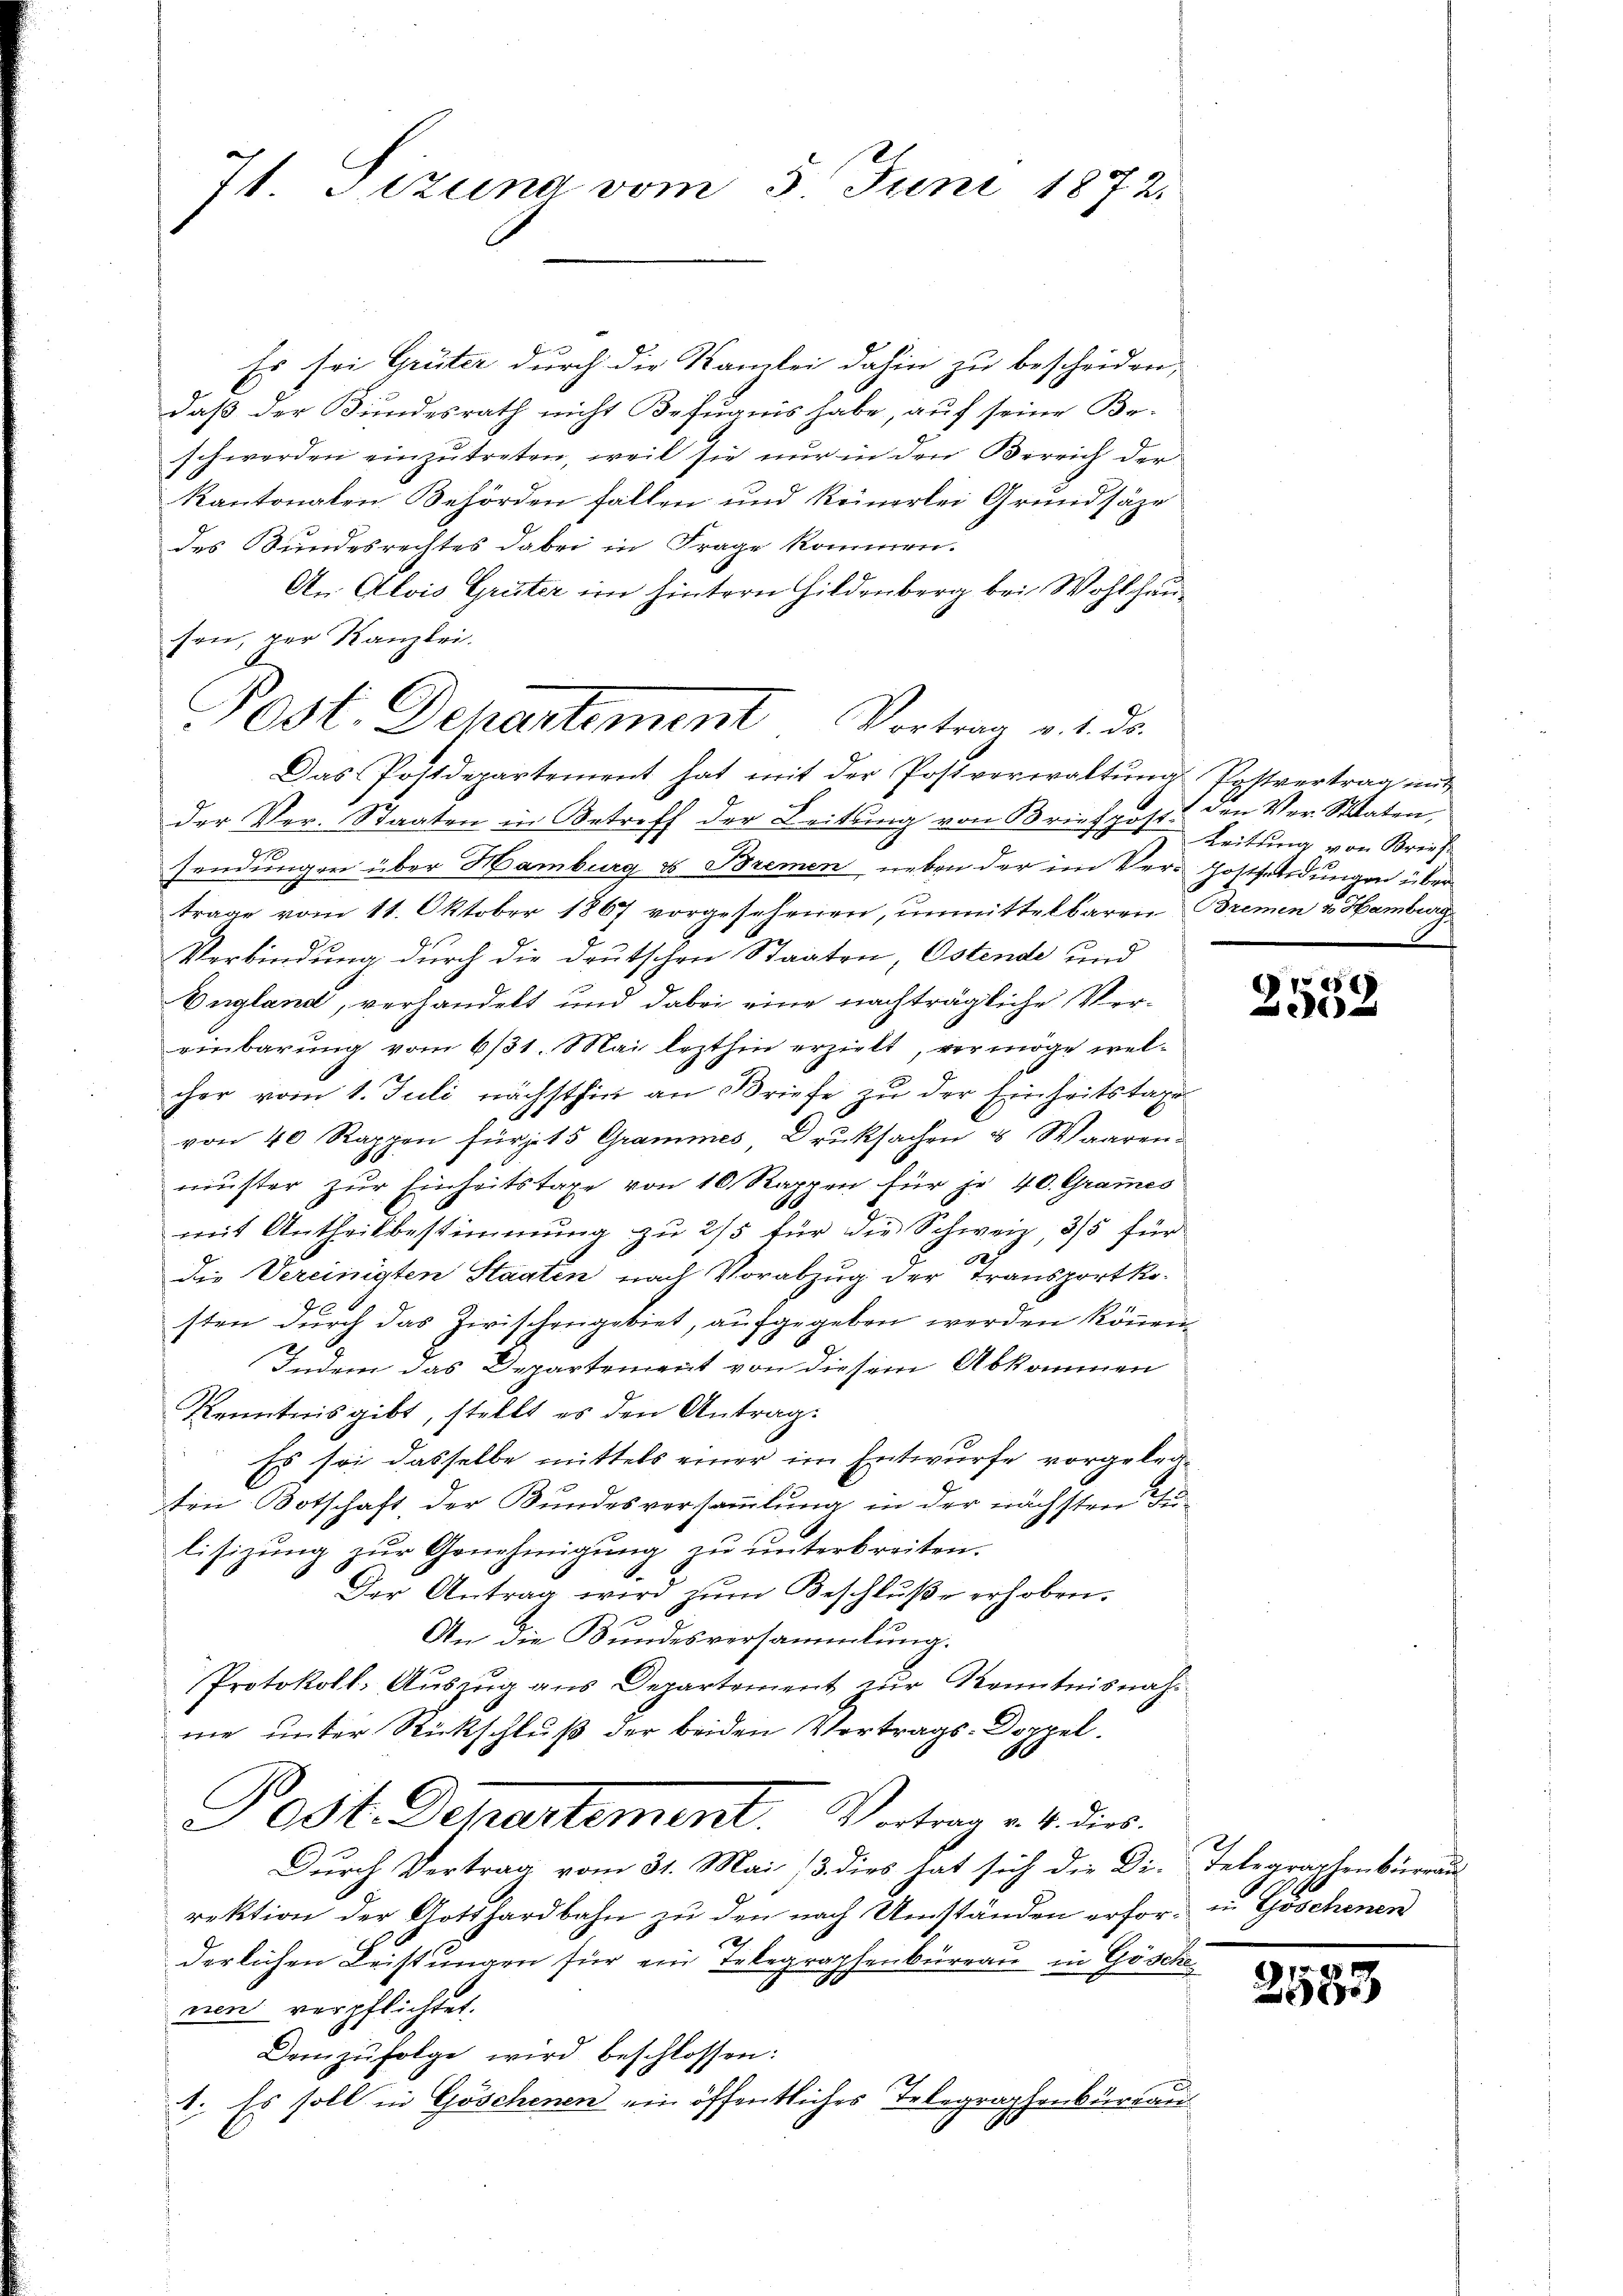
7t. Jezung vom 5. Juni 1872.

Es sei Grüter durch die Namlei dahin zu bescheiden,
daß der Bundesrath nicht Befugnis habe, auf seine Be-
schwerden einzŭtreten, weil sie nur in den Bereich der
kantonalen Behörden fallen und keinerlei Grundsäze
des Bundesrechtes dabei in Frage kommen.
An Alois Grüter im hintern Gildenberg bei Wohlhausen, per Kanzlei.
Das Postdepartement hat mit der Postverwaltŭng Postvertrag mit
der Ver- Staaten in Betreff der Leitung von Briefpost. den Ver- Staaten,
sendungen über Hamburg & Bremen neben der im Ver- Jostsendungen über
trage vom 11. Oktober 1867 vorgesehenen, unmittelbaren Bremen & Hamburg
2
Verbindung durch die deutschen Staaten, Ostende und
England, verhandelt und dabei eine nachträgliche Vereinbarung vom 6/31. Mai lezthin erzielt, vermöge welcher vom 1. Juli nächsthin an Briefe zu der Einheitstage
von 40 Rappen für je 15 Grammes, Druksachen & Waaren-
müster zur Einheitstage von 10 Rappen für je 40. Grames
mit Antheilbestimmung zu 2/5 für die Schweiz, 3/5 für
Die Vereinigten Staaten nach Vorabzug der Transportkod
sten durch das Zwischengebiet, aufgegeben werden können.
Indem das Departement von diesem Abkommen
Kenntnis gibt, stellt es den Antrag.
 Es sei dasselbe mittels einer im Entwurfe vorgetraten Botschaft, der Bundesversammlung in der nächsten Julisizung zur Genehmigung zu unterbreiten.
Der Antrag wird zŭm Beschluße erhoben.
An die Bundesversammlung.
Protokoll- Aŭszŭg ans Departement zŭr Kenntnisnahme unter Rückschluß der beiden Vertrags-Doppel.
Post. Departement. Vertrag an dies
Durch Vertrag vom 31. Mai 13. dies hat sich die Die Telegraphenbureau
rektion der Gotthardbahn zu den nach Umständen erfor- in Göschenen
16
derlichen Leistungen für ein Erbegraphenbüreau in Gösche
cien verpflichtet.
Demzufolge wird beschlossen:
1. Es soll in Göschenen ein öffentliches Telegraphenbüreau

Post. Departement Vortrag v. 1. ds.

Leitung von Brief

e
el

2583